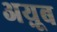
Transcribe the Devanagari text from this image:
अय़ूब